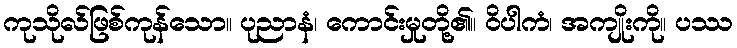
ကုသိုလ်ဖြစ်ကုန်သော။ ပုညာနံ၊ ကောင်းမှုတို့၏။ ဝိပါကံ၊ အကျိုးကို။ ပဿ